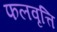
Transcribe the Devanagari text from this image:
फलवृत्ति